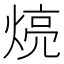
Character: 煷